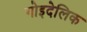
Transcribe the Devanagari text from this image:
गोइदेलिक